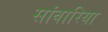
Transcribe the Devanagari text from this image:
सांवारिया